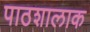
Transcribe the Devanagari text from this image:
पाठशालाक